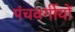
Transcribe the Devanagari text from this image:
पंचवर्गीयों